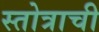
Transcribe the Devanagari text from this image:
स्तोत्राची